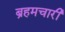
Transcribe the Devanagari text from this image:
ब्रहमचारी